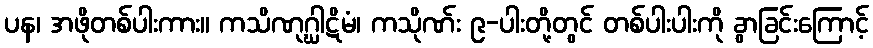
ပန၊ အဖိုတစ်ပါးကား။ ကသိဏုဂ္ဃါဋိမံ၊ ကသိုဏ်း ၉-ပါးတို့တွင် တစ်ပါးပါးကို ခွာခြင်းကြောင့်